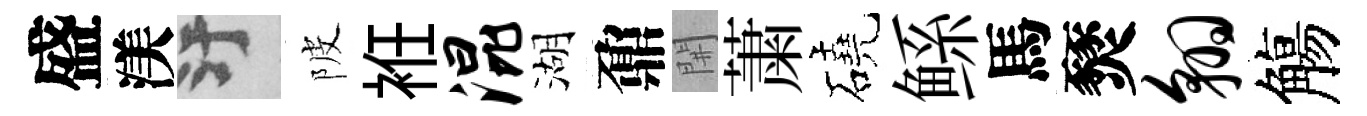
盛渼污陂袵混湖鼐𨳩䔥磽鲧馬燹翱觴